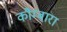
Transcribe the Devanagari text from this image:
कौम्बारा